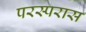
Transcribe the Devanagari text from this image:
परस्परास